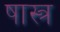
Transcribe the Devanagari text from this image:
षास्त्र